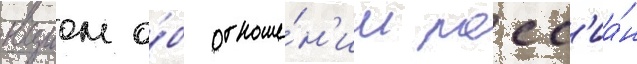
вциом о́б отноше́н'ии росс'иа́н